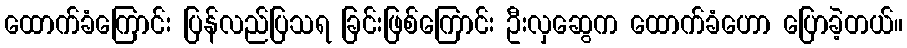
ထောက်ခံကြောင်း ပြန်လည်ပြသရ ခြင်းဖြစ်ကြောင်း ဦးလှဆွေက ထောက်ခံဟော ပြောခဲ့တယ်။